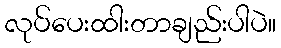
လုပ်ပေးထါးတာချည်းပါပဲ။